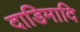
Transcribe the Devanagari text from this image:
दाडिमादि